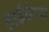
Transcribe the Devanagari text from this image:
हार्डकैप्स